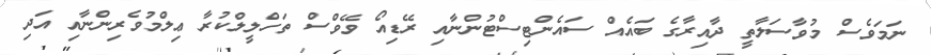
ނަމަވެސް މުވާސަލާތީ ދާއިރާގެ ބައެއް ސައެންޓިސްޓުންނާއި ރޭޑިއޯ ވޭވްސް ތަހްލީލްކުރާ ޢިލްމުވެރިންނާއި އަދި